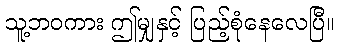
သူ့ဘဝကား ဤမျှနှင့် ပြည့်စုံနေလေပြီ။